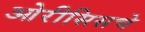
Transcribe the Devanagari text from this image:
ओरीसिसचे